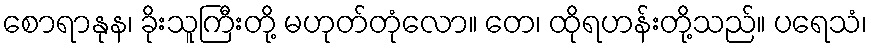
စောရာနုန၊ ခိုးသူကြီးတို့ မဟုတ်တုံလော။ တေ၊ ထိုရဟန်းတို့သည်။ ပရေသံ၊